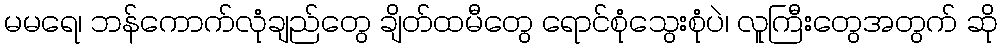
မမရေ၊ ဘန်ကောက်လုံချည်တွေ ချိတ်ထမီတွေ ရောင်စုံသွေးစုံပဲ၊ လူကြီးတွေအတွက် ဆို